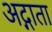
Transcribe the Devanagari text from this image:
अद्गाता